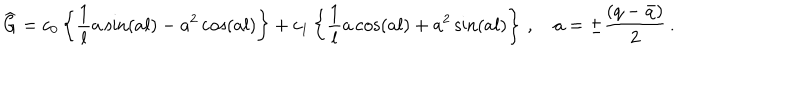
\widehat { \mathrm { G } } = c _ { 0 } \left\{ \frac { 1 } { l } a \sin ( a l ) - a ^ { 2 } \cos ( a l ) \right\} + c _ { 1 } \left\{ \frac { 1 } { l } a \cos ( a l ) + a ^ { 2 } \sin ( a l ) \right\} \, , \quad a = \pm \frac { ( q - \bar { q } ) } { 2 } \, .